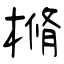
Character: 樇